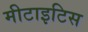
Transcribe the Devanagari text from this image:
मीटाइटिस